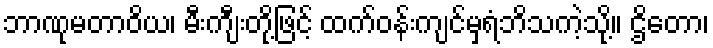
ဘာဏုမတာဝိယ၊ မီးကျီးတို့ဖြင့် ထက်ဝန်းကျင်မှရံဘိသကဲ့သို့။ ဌိတော၊